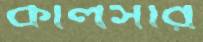
কালসার